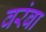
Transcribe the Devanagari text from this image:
वरंबा